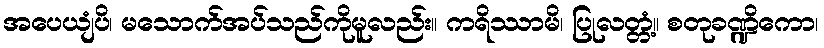
အပေယျံပိ၊ မသောက်အပ်သည်ကိုမူလည်း။ ကရိဿာမိ၊ ပြုလတ္တံ့။ စတုခဏ္ဍိကော၊